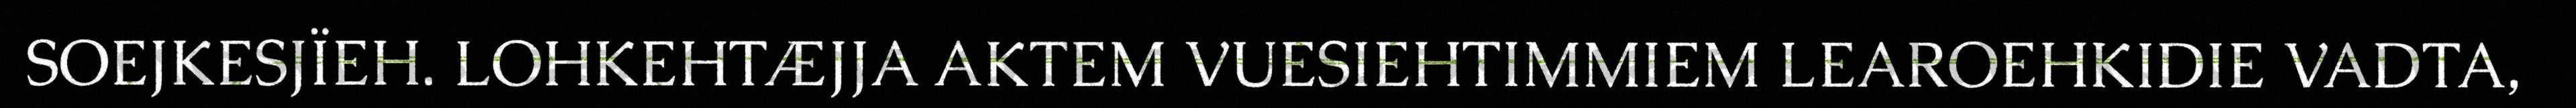
SOEJKESJÏEH. LOHKEHTÆJJA AKTEM VUESIEHTIMMIEM LEAROEHKIDIE VADTA,